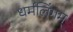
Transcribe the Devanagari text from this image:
धर्मलिंगम्